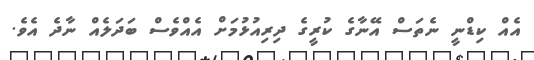
އެއް ކިޑްނީ ނެތަސް އޭނާގެ ކުރީގެ ދިރިއުޅުމަށް އެއްވެސް ބަދަލެއް ނާދެ އެވެ.